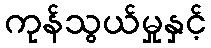
ကုန်သွယ်မှုနှင့်